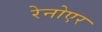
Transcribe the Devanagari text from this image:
रेनोएर